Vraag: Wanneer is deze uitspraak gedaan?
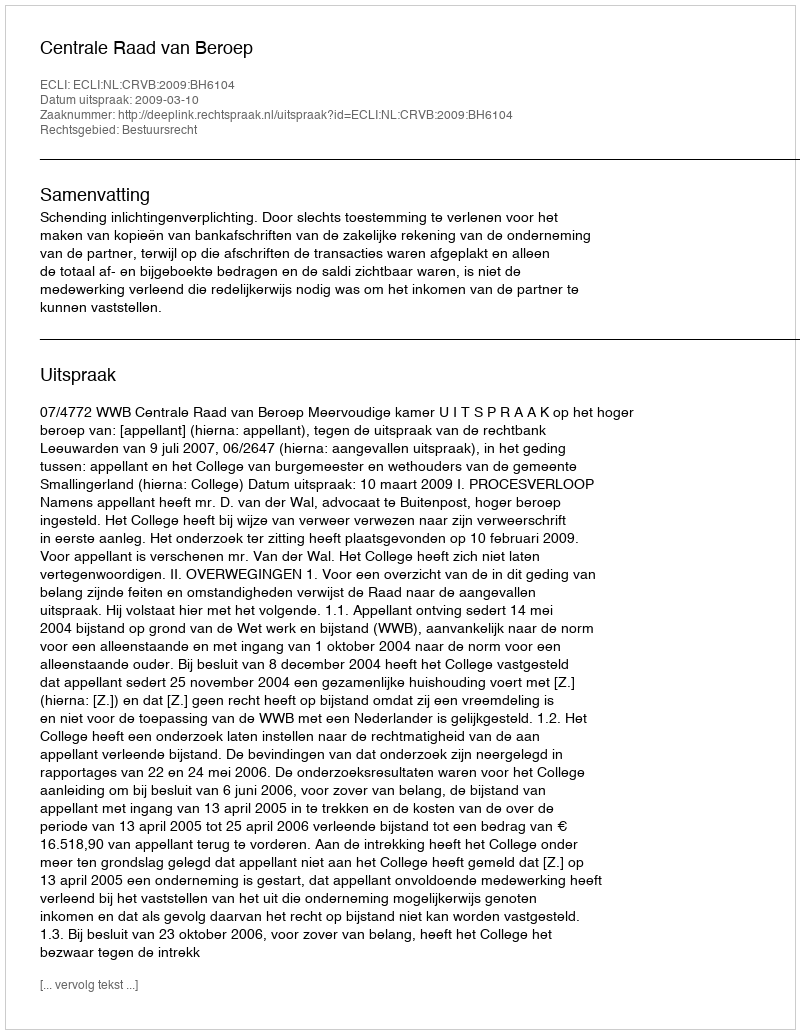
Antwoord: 2009-03-10